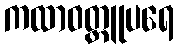
ကထာဝတ္ထူပရေ